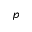
p